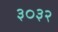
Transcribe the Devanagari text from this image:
३०३२